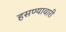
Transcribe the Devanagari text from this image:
हसण्यावारी